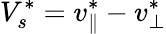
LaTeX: V_{s}^{*}=v_{\parallel}^{*}-v_{\bot}^{*}